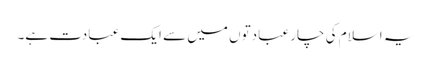
یہ اسلام کی چار عبادتوں میں سے ایک عبادت ہے۔